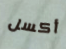
أكسل